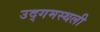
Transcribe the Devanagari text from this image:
उद्गमस्थली